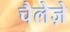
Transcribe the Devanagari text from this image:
चैलेज़े